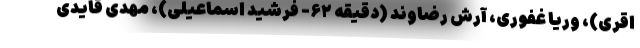
اقری)، وریا غفوری، آرش رضاوند (دقیقه ۶۲- فرشید اسماعیلی)، مهدی قایدی